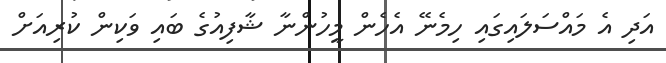
އަދި އެ މައްސަލައިގައި ހިމެނޭ އެހެން މީހުންނާ ޝާފިއުގެ ބައި ވަކިން ކުރިއަށް